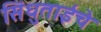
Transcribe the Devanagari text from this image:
सिंधुताईंचे